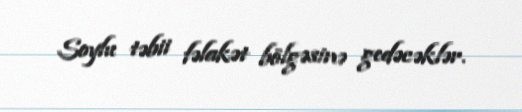
Soylu təbii fəlakət bölgəsinə gedəcəklər.